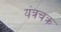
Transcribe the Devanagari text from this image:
यंत्रचक्र